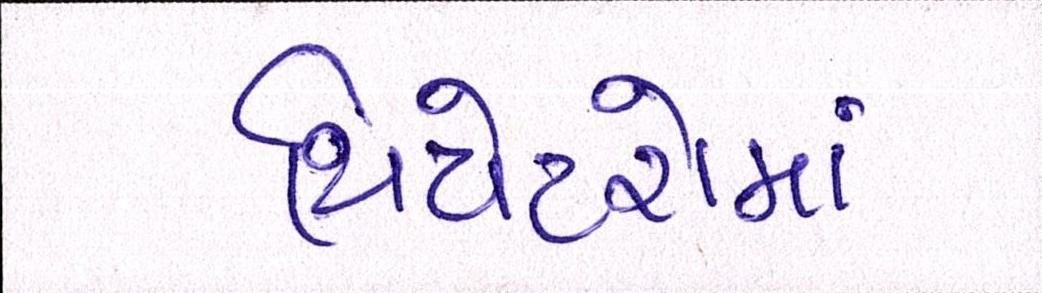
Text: થિયેટરોમાં